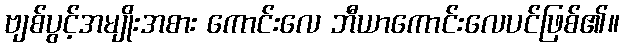
ဗျစ်ပွင့်အမျိုးအစား ကောင်းလေ ဘီယာကောင်းလေပင်ဖြစ်၏။